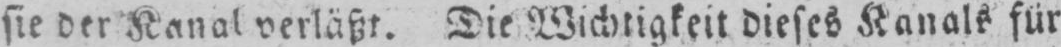
sie der Kanal verläßt. Die Wichtigkeit dieses Kanals für